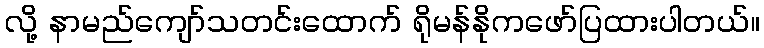
လို့ နာမည်ကျော်သတင်းထောက် ရိုမန်နိုကဖော်ပြထားပါတယ်။